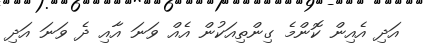
އަދި އެއިން ކޮންމެ ގިންތިއަކުން އެއް ވަނަ އާއި ދެ ވަނަ އަދި